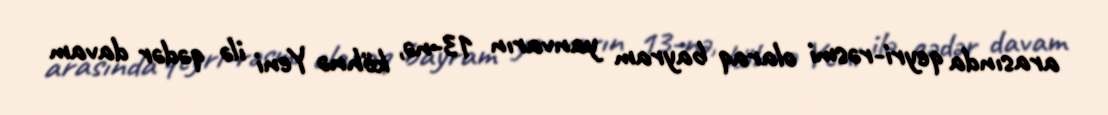
arasında qeyri-rəsmi olaraq bayram yanvarın 13-nə, köhnə Yeni ilə qədər davam